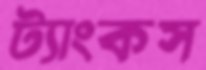
ট্যাংকস